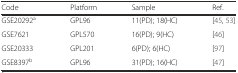
<table><thead><tr><td><b>Code</b></td><td><b>Platform</b></td><td><b>Sample</b></td><td><b>Ref.</b></td></tr></thead><tbody><tr><td>GSE20292<sup>a</sup></td><td>GPL96</td><td>11(PD); 18(HC)</td><td>[45, 53]</td></tr><tr><td>GSE7621</td><td>GPL570</td><td>16(PD); 9(HC)</td><td>[46]</td></tr><tr><td>GSE20333</td><td>GPL201</td><td>6(PD); 6(HC)</td><td>[97]</td></tr><tr><td>GSE8397<sup>b</sup></td><td>GPL96</td><td>31(PD); 16(HC)</td><td>[47]</td></tr></tbody></table>